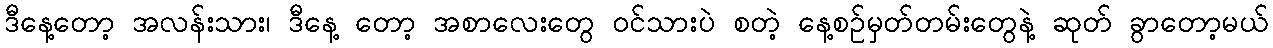
ဒီနေ့တော့ အလန်းသား၊ ဒီနေ့ တော့ အစာလေးတွေ ဝင်သားပဲ စတဲ့ နေ့စဉ်မှတ်တမ်းတွေနဲ့ ဆုတ် ခွာတော့မယ်